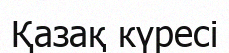
Қазақ күресі